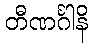
တီဏင်္ဂါနိ